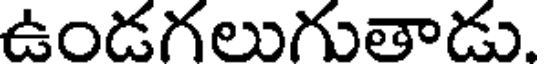
ఉండగలుగుతాడు.